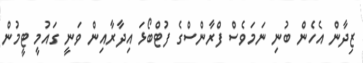
ޒިދާން އެހެން ބުނި ނަމަވެސް ފްރާންސްގެ ފުޓްބޯޅަ އިދާރާއިން ވަނީ ގައުމީ ޓީމުން